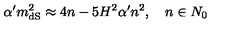
\alpha ^ { \prime } m _ { \mathrm { d S } } ^ { 2 } \approx 4 n - 5 H ^ { 2 } \alpha ^ { \prime } n ^ { 2 } , \quad n \in N _ { 0 }